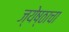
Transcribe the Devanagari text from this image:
ज्येष्ठाचा